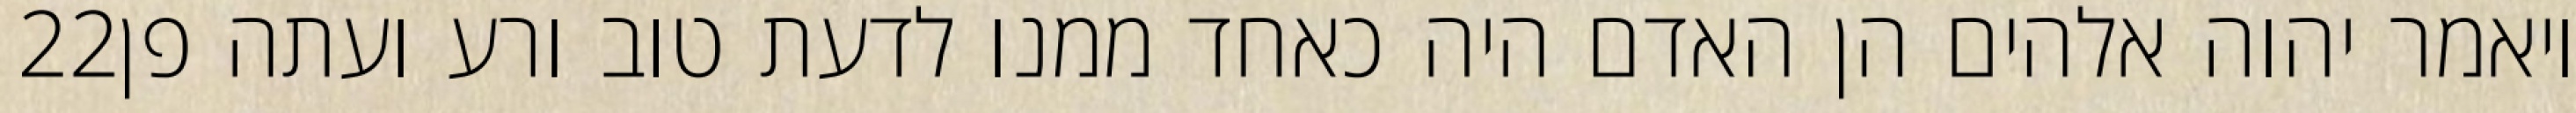
‎22‏ ויאמר יהוה אלהים הן האדם היה כאחד ממנו לדעת טוב ורע ועתה פן